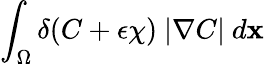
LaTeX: \displaystyle{\int_{\Omega}\delta(C+\epsilon\chi)\ |\nabla C|\ d\mathbf{x}}